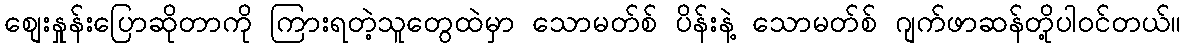
စျေးနှုန်းပြောဆိုတာကို ကြားရတဲ့သူတွေထဲမှာ သောမတ်စ် ပိန်းနဲ့ သောမတ်စ် ဂျက်ဖာဆန်တို့ပါဝင်တယ်။